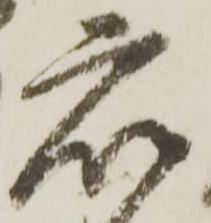
衆